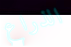
الذراع